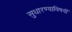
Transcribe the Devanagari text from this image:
सुधारण्याविषयीं